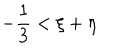
- { \frac { 1 } { 3 } } < \xi + \eta